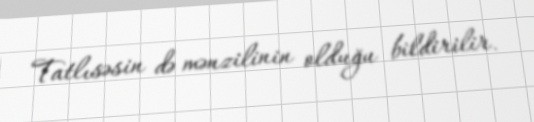
Tatlısəsin də mənzilinin olduğu bildirilir.